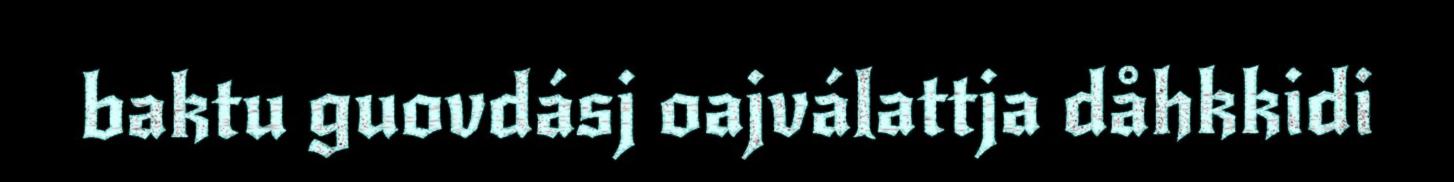
baktu guovdásj oajválattja dåhkkidi